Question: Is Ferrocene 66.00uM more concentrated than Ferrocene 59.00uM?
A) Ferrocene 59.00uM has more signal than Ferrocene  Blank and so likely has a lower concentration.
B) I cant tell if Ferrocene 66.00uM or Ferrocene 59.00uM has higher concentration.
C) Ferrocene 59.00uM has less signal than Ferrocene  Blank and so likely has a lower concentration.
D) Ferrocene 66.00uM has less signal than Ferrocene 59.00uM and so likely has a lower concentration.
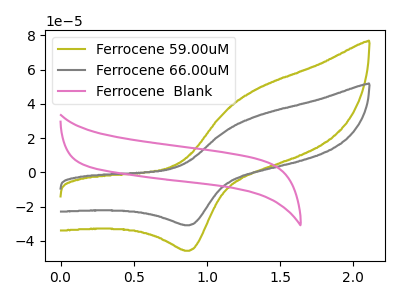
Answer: <think>The olive curve "Ferrocene 59.00uM" has an anodic peak at (1.35V, 48.25uA) and a cathodic peak at (0.90V, -45.85uA). The gray curve "Ferrocene 66.00uM" has an anodic peak at (1.35V, 32.55uA) and a cathodic peak at (0.90V, -30.95uA). The pink curve "Ferrocene  Blank" has no peaks.
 All the peaks in "Ferrocene 66.00uM" have a peak in "Ferrocene 59.00uM" at the same potential. Every peak in "Ferrocene 66.00uM" is lower than every peak in "Ferrocene 59.00uM".</think>
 <answer>D) "Ferrocene 66.00uM" has less signal than "Ferrocene 59.00uM" and so likely has a lower concentration.</answer>
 <eval>D</eval>